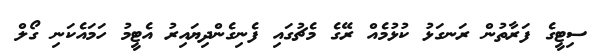
ސިޓީގެ ފަރާތުން ރަނގަޅު ކުޅުމެއް ރޭގެ މެޗުގައި ފެނިގެންދިޔައިރު އެޓީމު ހަމައެކަނި ގޯލް